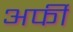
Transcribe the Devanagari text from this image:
अर्फी